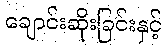
ချောင်းဆိုးခြင်းနှင့်